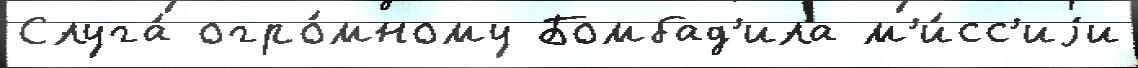
Слуга́ огро́мному Бомбад'ила м'и́сс'иjи